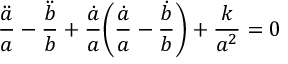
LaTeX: \frac { \ddot { a } } { a } - \frac { \ddot { b } } { b } + \frac { \dot { a } } { a } \Bigg ( \frac { \dot { a } } { a } - \frac { \dot { b } } { b } \Bigg ) + \frac { k } { a ^ { 2 } } = 0